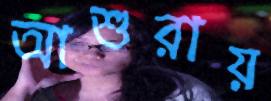
আশুরায়